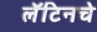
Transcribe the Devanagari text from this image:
लॅटिनचे